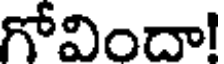
గోవిందా!